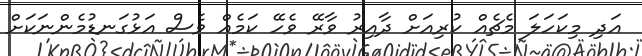
އަދި މިކަހަލަ މެޗެއް ކުރިއަށް ދާއިރު ވާރޭ ވެހޭ ކަމެއް ވެސް އަޅުގަނޑުމެންނަކަށް